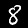
Digit: 8